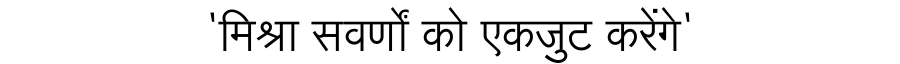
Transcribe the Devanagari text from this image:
'मिश्रा सवर्णों को एकजुट करेंगे'